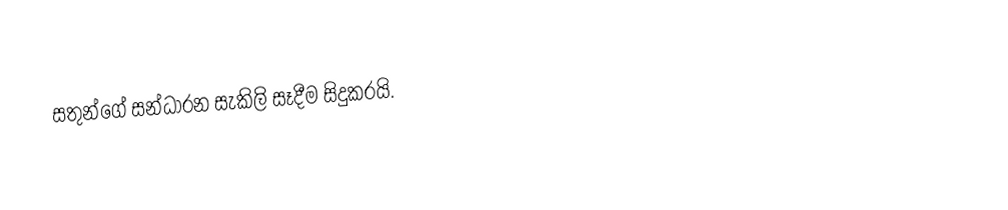
සතුන්ගේ සන්ධාරන සැකිලි සෑදීම සිදුකරයි.